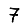
Digit: 7